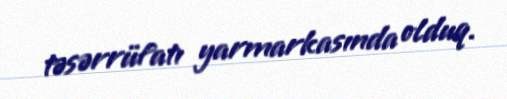
təsərrüfatı yarmarkasında olduq.